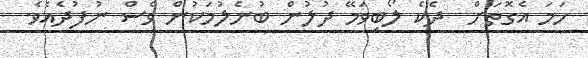
ހަމަ އެގޮތަށް  ދެކެ ލޯބިވަމޭ ދުލުން ބުނެލުމަކުން ވެސް ނުފުދެއެވެ.